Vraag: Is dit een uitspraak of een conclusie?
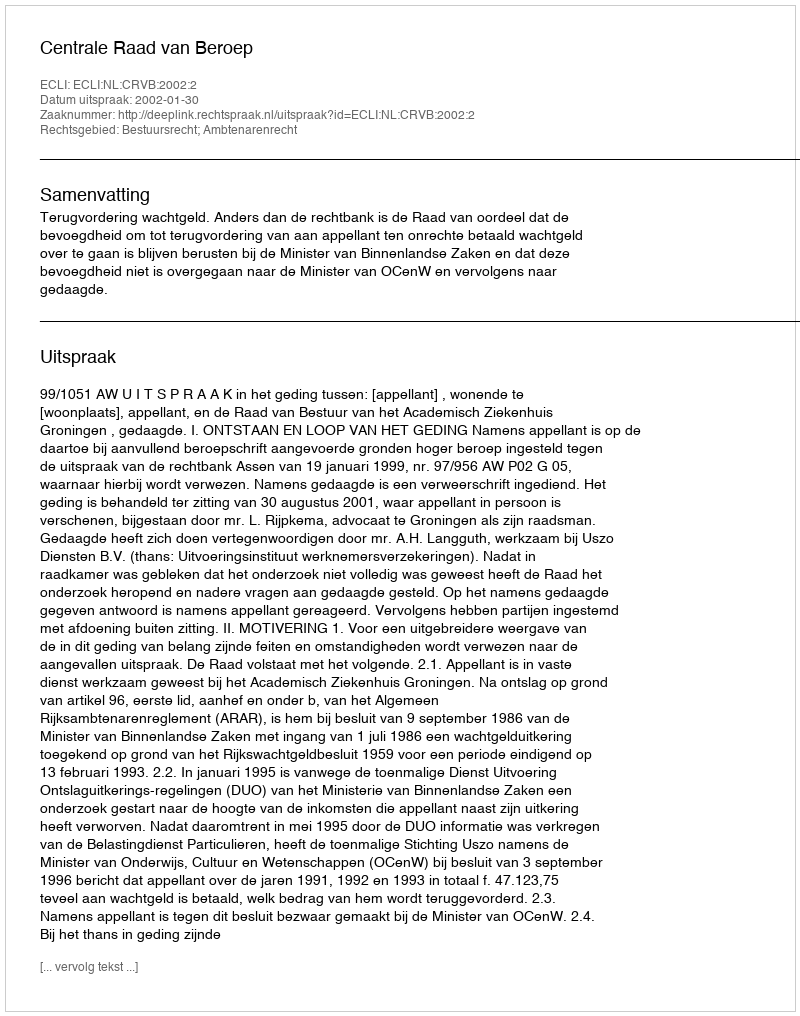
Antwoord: Uitspraak